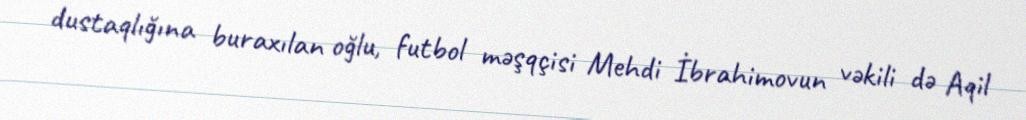
dustaqlığına buraxılan oğlu, futbol məşqçisi Mehdi İbrahimovun vəkili də Aqil